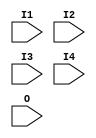
// $Header: /devl/xcs/repo/env/Databases/CAEInterfaces/verunilibs/data/unisims/FMAP.v,v 1.5 2007/05/23 21:43:33 patrickp Exp $
///////////////////////////////////////////////////////////////////////////////
// Copyright (c) 1995/2004 Xilinx, Inc.
// All Right Reserved.
///////////////////////////////////////////////////////////////////////////////
//   ____  ____
//  /   /\/   /
// /___/  \  /    Vendor : Xilinx
// \   \   \/     Version : 10.1
//  \   \         Description : Xilinx Functional Simulation Library Component
//  /   /                  F Function Generator Partitioning Control Symbol
// /___/   /\     Filename : FMAP.v
// \   \  /  \    Timestamp : Thu Mar 25 16:42:18 PST 2004
//  \___\/\___\
//
// Revision:
//    03/23/04 - Initial version.
//    05/23/07 - Changed timescale to 1 ps / 1 ps.

`timescale  1 ps / 1 ps


module FMAP (I1, I2, I3, I4, O);

    input  I1, I2, I3, I4, O;

endmodule